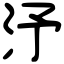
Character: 汿